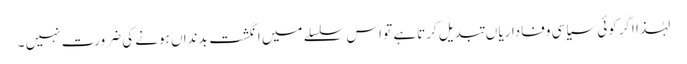
لہٰذا اگرکوئی سیاسی وفاداریا ں تبدیل کرتاہے تو اس سلسلے میں انگشت بدنداں ہونے کی ضرورت نہیں ۔